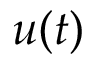
u ( t )